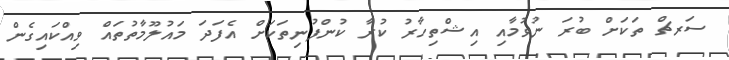
ސަރޗް ތަކަށް ބުރަ ނުވުމާއި އިޝްތިހާރު ކުރާ ކުންފުނިތަކަށް އެފަދަ މައުލޫމާތުތައް ވިއްކައިގެން